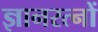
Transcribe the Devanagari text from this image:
ज्ञानरत्नों